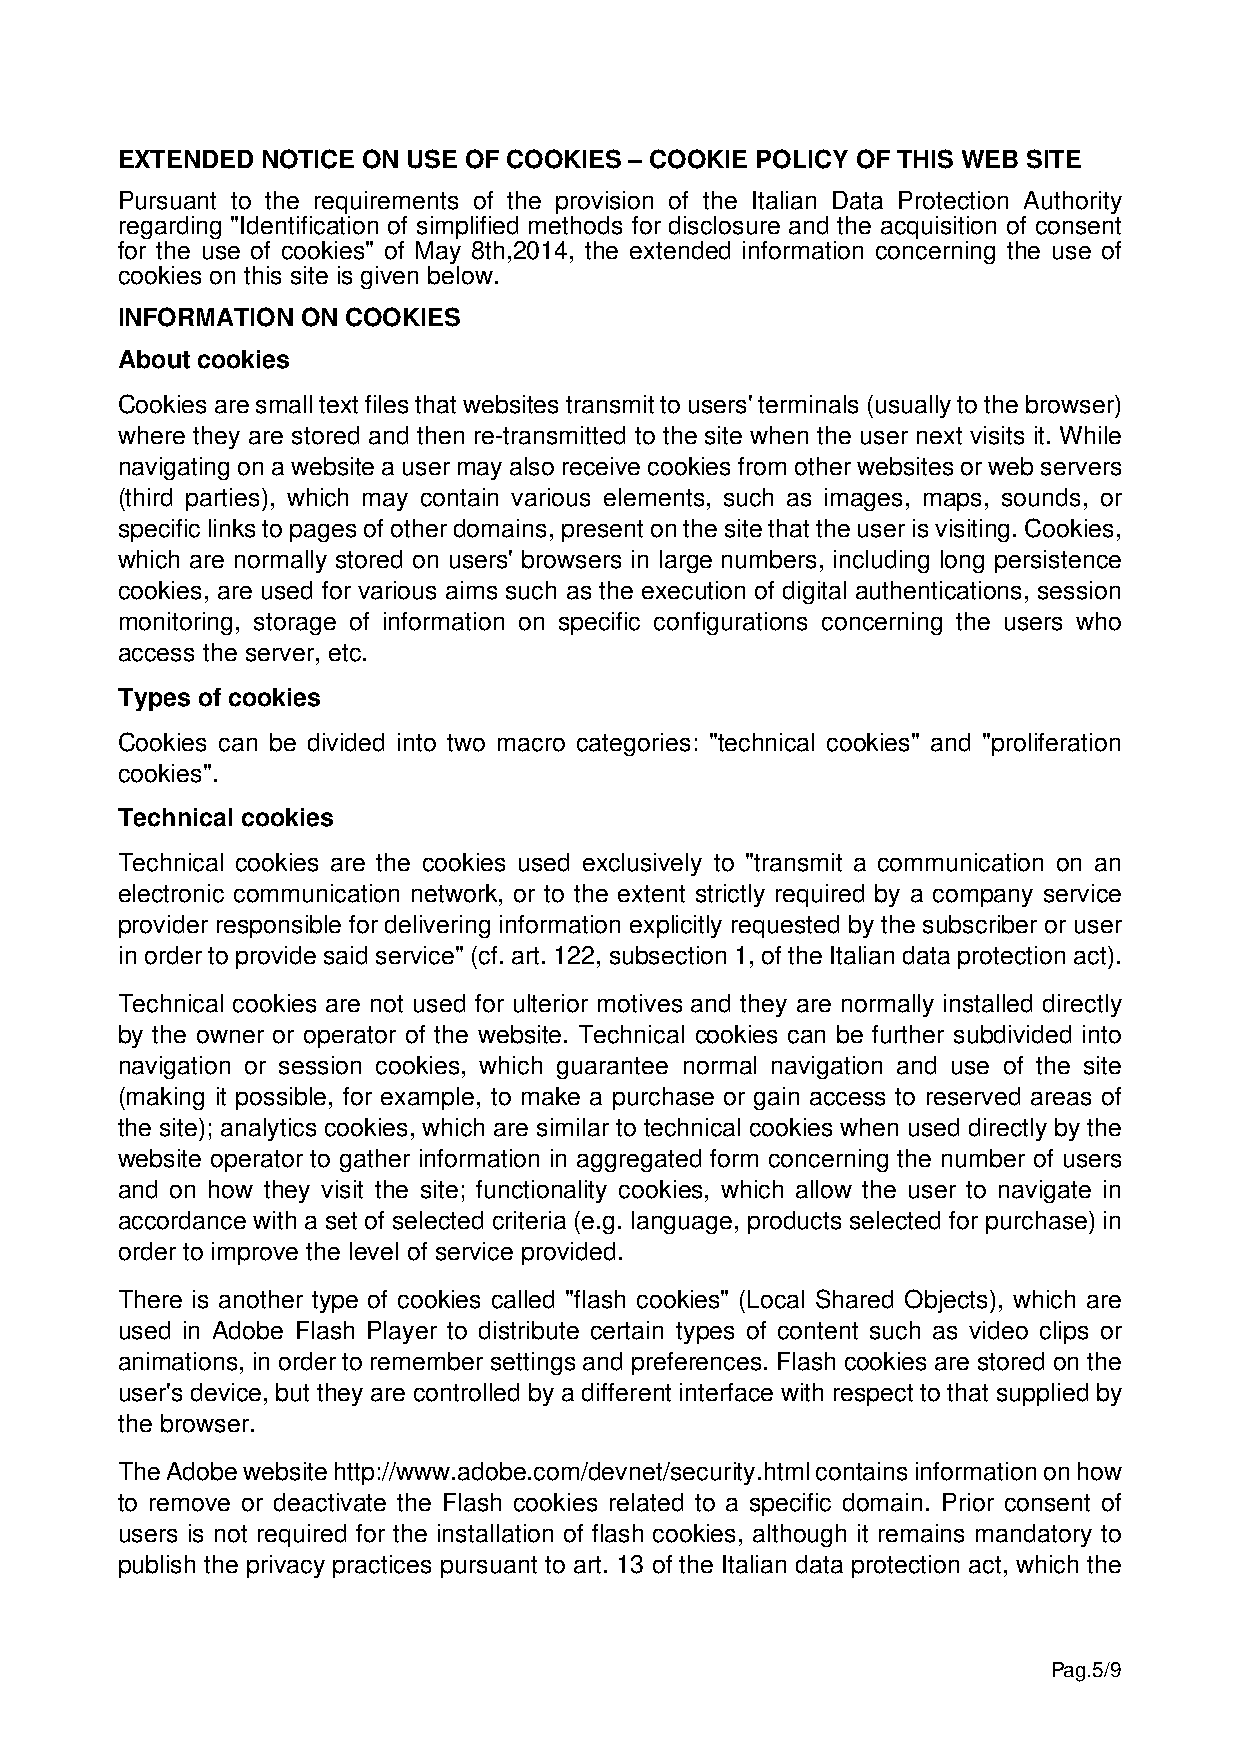
EXTENDED NOTICE ON USE OF COOKIES – COOKIE POLICY OF THIS WEB SITE
 Pursuant to the requirements of the provision of the Italian Data Protection Authority
 regarding "Identification of simplified methods for disclosure and the acquisition of consent
 for the use of cookies" of May 8th,2014, the extended information concerning the use of
 cookies on this site is given below.
 INFORMATION ON COOKIES
 About cookies
 Cookies are small text files that websites transmit to users' terminals (usually to the browser)
 where they are stored and then re-transmitted to the site when the user next visits it. While
 navigating on a website a user may also receive cookies from other websites or web servers
 (third parties), which may contain various elements, such as images, maps, sounds, or
 specific links to pages of other domains, present on the site that the user is visiting. Cookies,
 which are normally stored on users' browsers in large numbers, including long persistence
 cookies, are used for various aims such as the execution of digital authentications, session
 monitoring, storage of information on specific configurations concerning the users who
 access the server, etc.
 Types of cookies
 Cookies can be divided into two macro categories: "technical cookies" and "proliferation
 cookies".
 Technical cookies
 Technical cookies are the cookies used exclusively to "transmit a communication on an
 electronic communication network, or to the extent strictly required by a company service
 provider responsible for delivering information explicitly requested by the subscriber or user
 in order to provide said service" (cf. art. 122, subsection 1, of the Italian data protection act).
 Technical cookies are not used for ulterior motives and they are normally installed directly
 by the owner or operator of the website. Technical cookies can be further subdivided into
 navigation or session cookies, which guarantee normal navigation and use of the site
 (making it possible, for example, to make a purchase or gain access to reserved areas of
 the site); analytics cookies, which are similar to technical cookies when used directly by the
 website operator to gather information in aggregated form concerning the number of users
 and on how they visit the site; functionality cookies, which allow the user to navigate in
 accordance with a set of selected criteria (e.g. language, products selected for purchase) in
 order to improve the level of service provided.
 There is another type of cookies called "flash cookies" (Local Shared Objects), which are
 used in Adobe Flash Player to distribute certain types of content such as video clips or
 animations, in order to remember settings and preferences. Flash cookies are stored on the
 user's device, but they are controlled by a different interface with respect to that supplied by
 the browser.
 The Adobe website http://www.adobe.com/devnet/security.html contains information on how
 to remove or deactivate the Flash cookies related to a specific domain. Prior consent of
 users is not required for the installation of flash cookies, although it remains mandatory to
 publish the privacy practices pursuant to art. 13 of the Italian data protection act, which the
 Pag.5/9